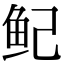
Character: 鱾